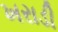
ખરાડી